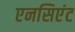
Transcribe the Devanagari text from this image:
एनसिएंट